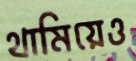
থামিয়েও